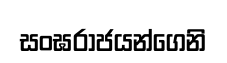
සංඝරාජයන්ගෙනි